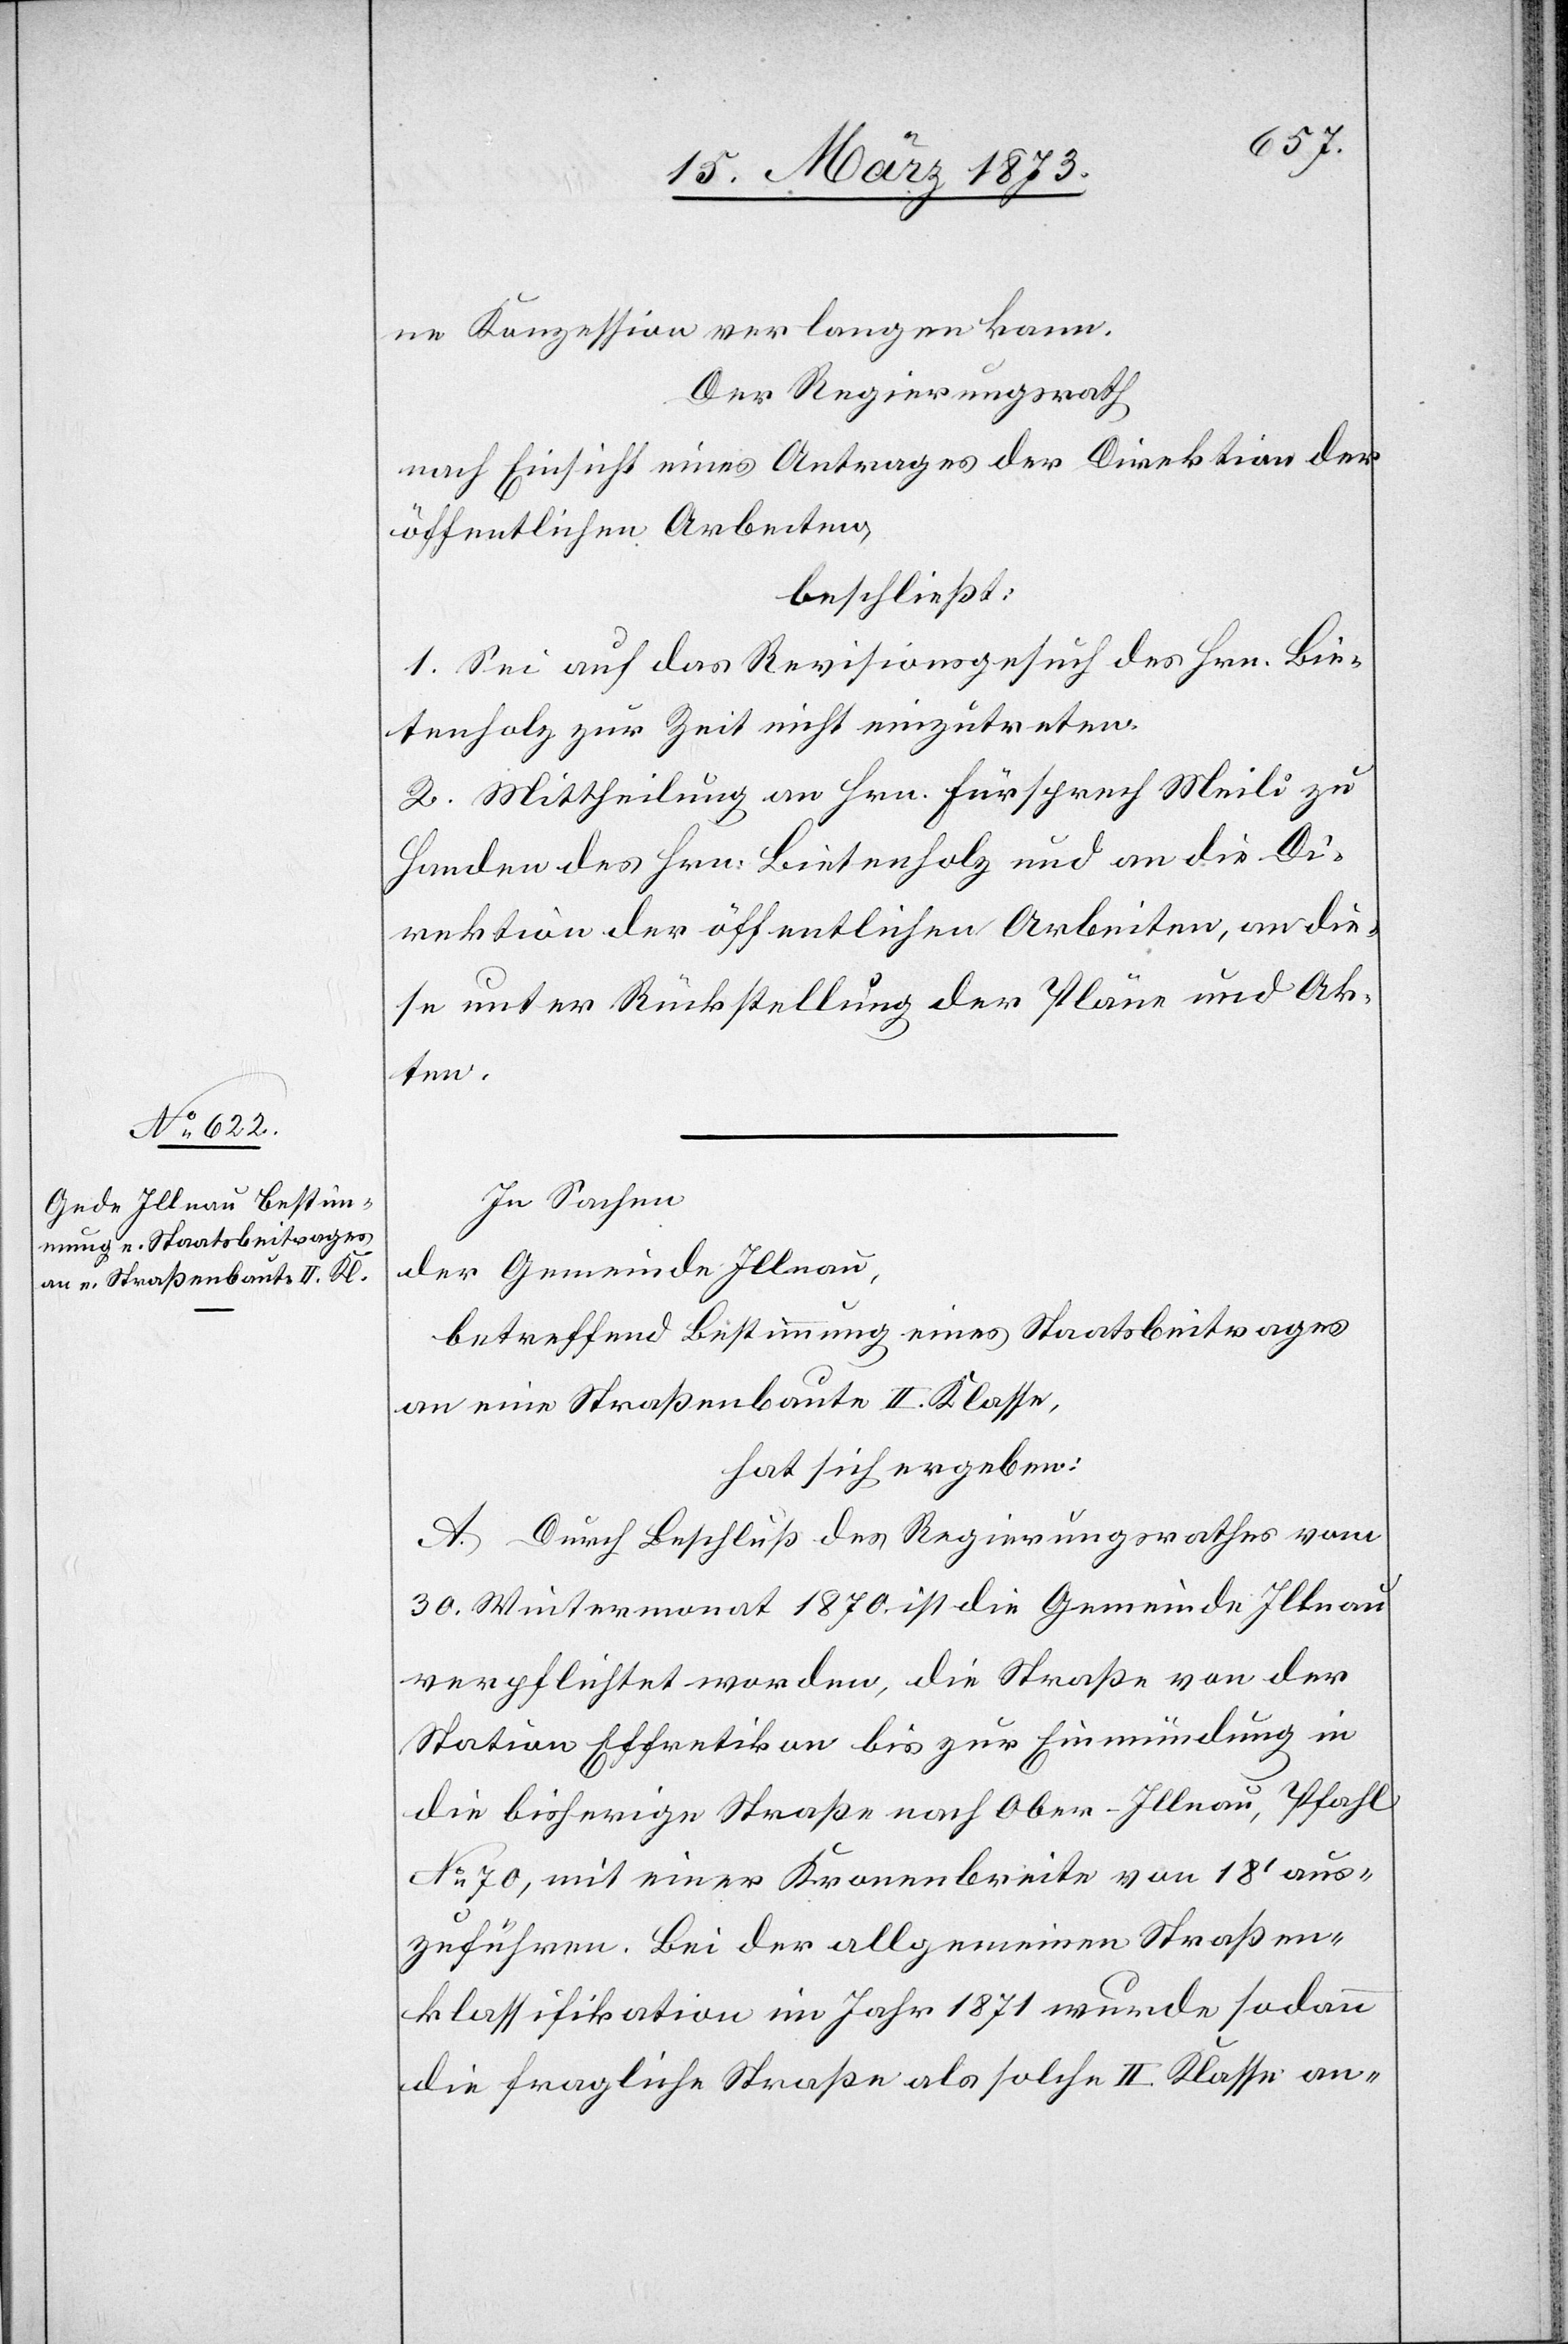
ne Konzession verlangen kann.
Der Regierungsrath
nach Einsicht eines Antrages der Direktion der
öffentlichen Arbeiten,
beschließt:
1. Sei auf das Revisionsgesuch des Hrn. Bie¬
tenholz zur Zeit nicht einzutreten.
2. Mittheilung an Hrn. Fürsprech Meili zu
Handen des Hrn. Bietenholz und an die Di¬
rektion der öffentlichen Arbeiten, an die¬
se unter Rückstellung der Pläne und Ak¬
ten.
In Sachen
der Gemeinde Illnau.
betreffend Bestimmung eines Staatsbeitrages
an eine Straßenbaute II. Klasse,
hat sich ergeben:
A. Durch Beschluß des Regierungsrathes vom
30. Wintermonat 1870 ist die Gemeinde Illnau
verpflichtet worden, die Straße von der
Station Effretikon bis zur Einmündung in
die bisherige Straße nach Ober-Illnau, Pfahl
No. 70, mit einer Kronenbreite von 18’ aus¬
zuführen. Bei der allgemeinen Straßen¬
klassifikation im Jahr 1871 wurde sodann
die fragliche Straße als solche II. Klasse an-